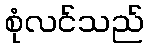
စုံလင်သည်